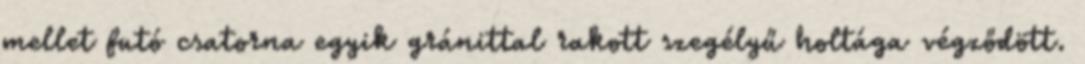
mellet futó csatorna egyik gránittal rakott szegélyű holtága végződött.